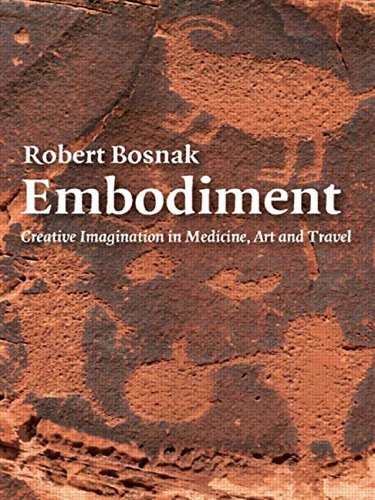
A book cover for Embodiment: Creative Imagination in Medicine, Art and Travel; Robert Bosnak; Self-Help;